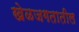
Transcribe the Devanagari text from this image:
खेळजगतातील